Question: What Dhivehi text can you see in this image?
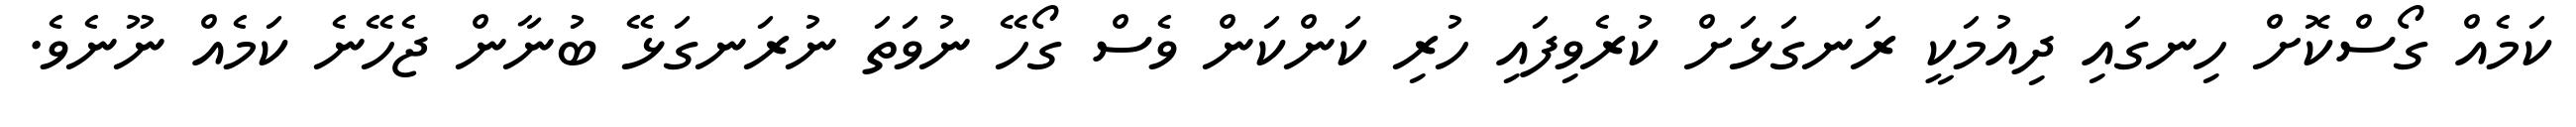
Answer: ކަމެއް ގޯސްކޮށް ހިނގައި ދިއުމަކީ ރަނގަޅަށް ކުރެވިފައި ހުރި ކަންކަން ވެސް ގޯހޭ ނުވަތަ ނުރަނގަޅޭ ބުނާން ޖެހޭނެ ކަމެއް ނޫނެވެ.